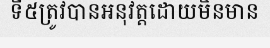
ទី៥ត្រូវបានអនុវត្តដោយមិនមាន